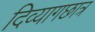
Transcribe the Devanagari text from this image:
दिव्यागछात्र